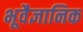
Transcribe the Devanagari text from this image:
भूवैज्ञानिक